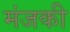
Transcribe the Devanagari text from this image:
मंजकी